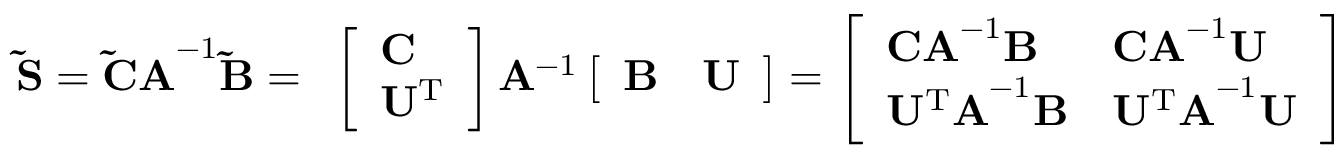
\mathbf { \tilde { S } } = \mathbf { \tilde { C } A } ^ { - 1 } \mathbf { \tilde { B } } = \begin{array} { r } { \left[ \begin{array} { l } { \mathbf { C } } \\ { \mathbf { U ^ { \mathrm { T } } } } \end{array} \right] \mathbf { A } ^ { - 1 } \left[ \begin{array} { l l } { \mathbf { B } } & { \mathbf { U } } \end{array} \right] = \left[ \begin{array} { l l } { \mathbf { C A } ^ { - 1 } \mathbf { B } } & { \mathbf { C A } ^ { - 1 } \mathbf { U } } \\ { \mathbf { U ^ { \mathrm { T } } A } ^ { - 1 } \mathbf { B } } & { \mathbf { U ^ { \mathrm { T } } A } ^ { - 1 } \mathbf { U } } \end{array} \right] } \end{array}